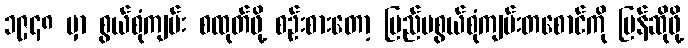
၁၉၄၈ မှာ စွယ်စုံကျမ်း စထုတ်ဖို့ စဉ်းစားတော့ ပြည်ပစွယ်စုံကျမ်းတစောင်ကို ပြန်ဆိုဖို့